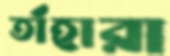
তাঁহারা